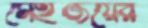
মেইজয়ের